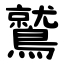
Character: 鷲